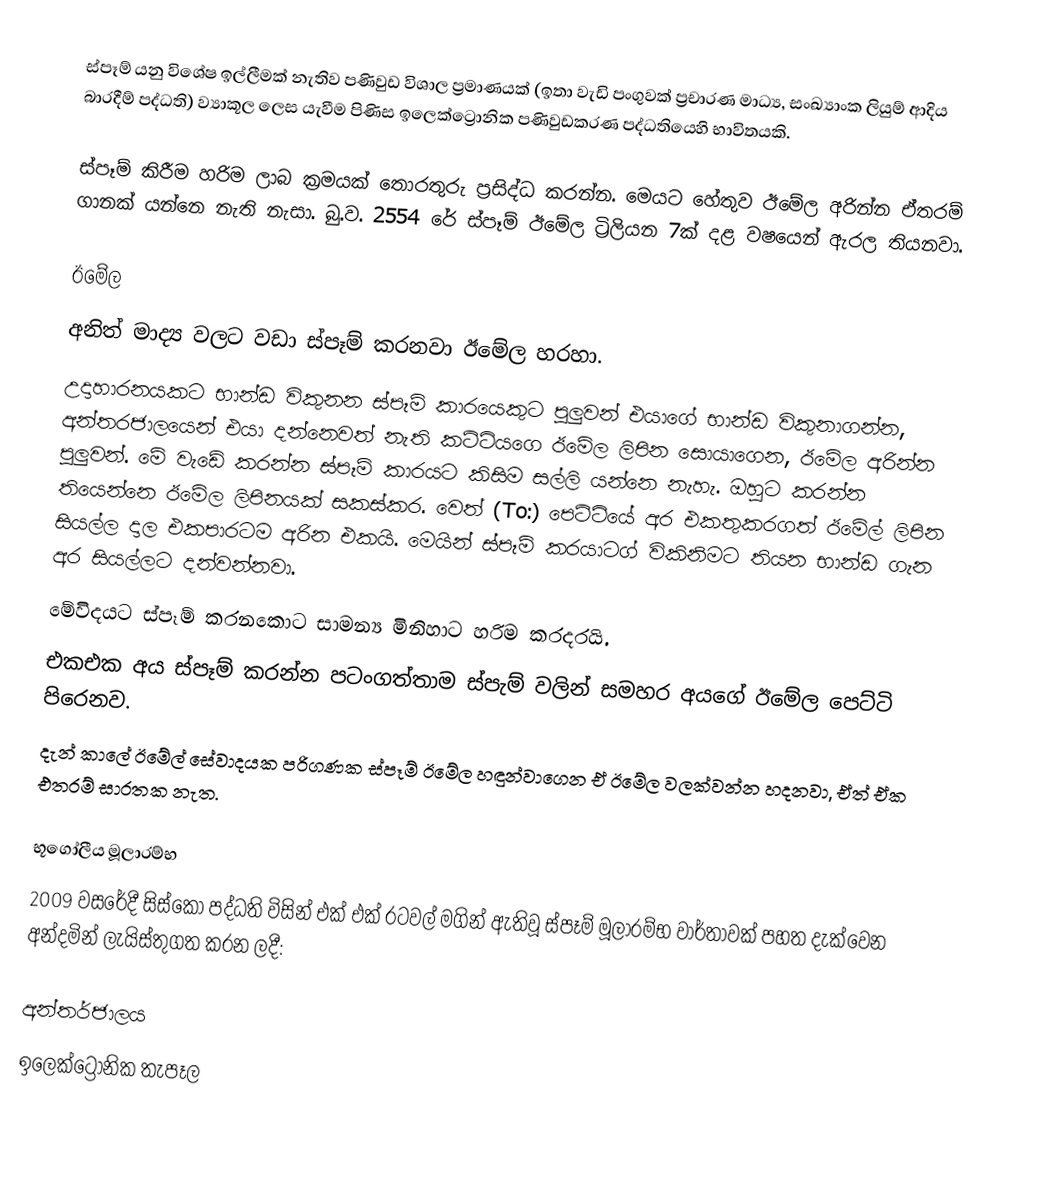
ස්පෑම් යනු විශේෂ ඉල්ලීමක් නැතිව පණිවුඩ විශාල ප්‍රමාණයක් (ඉතා වැඩි පංගුවක් ප්‍රචාරණ මාධ්‍ය, සංඛ්‍යාංක ලියුම් ආදිය බාරදීම් පද්ධති) ව්‍යාකූල ලෙස යැවීම පිණිස ඉලෙක්ට්‍රොනික පණිවුඩකරණ පද්ධතියෙහි භාවිතයකි.

ස්පෑම් කිරීම හරිම ලාබ ක්‍රමයක් තොරතුරු ප්‍රසිද්ධ කරන්න. මෙයට හේතුව ඊමේල අරින්න ඒතරම් ගානක් යන්නෙ නැති නැසා. බු.ව. 2554 රේ ස්පෑම් ඊමේල ට්‍රිලියන 7ක් දළ වෂයෙන් ඇරල තියනවා.

ඊමේල
අනිත් මාද්‍ය වලට වඩා ස්පෑම් කරනවා ඊමේල හරහා.
උදාහාරනයකට භාන්ඩ විකුනන ස්පෑම් කාරයෙකුට පුලුවන් එයාගේ භාන්ඩ විකුනාගන්න, අන්තරජාලයෙන් එයා දන්නෙවත් නැති කට්ටියගෙ ඊමේල ලිපින සොයාගෙන, ඊමේල අරින්න පුලුවන්. මේ වැඩේ කරන්න ස්පෑම් කාරයට කිසිම සල්ලි යන්නෙ නැහැ. ඔහුට කරන්න තියෙන්නෙ ඊමේල ලිපිනයක් සකස්කර. වෙත් (To:) පෙට්ටියේ අර එකතුකරගත් ඊමේල් ලිපින සියල්ල දාල එකපාරටම අරින එකයි. මෙයින් ස්පෑම් කරයාටග් විකිනිමට තියන භාන්ඩ ගැන අර සියල්ලට දන්වන්නවා.
මේවිදයට ස්පෑම් කරනකොට සාමන්‍ය මිනිහාට හරිම කරදරයි.
එකඑක අය ස්පෑම් කරන්න පටංගත්තාම ස්පැම් වලින් සමහර අයගේ ඊමේල පෙට්ටි පිරෙනව.
දැන් කාලේ ඊමේල් සේවාදයක පරිගණක ස්පෑම් ඊමේල හඳුන්වාගෙන ඒ ඊමේල වලක්වන්න හදනවා, ඒත් ඒක එතරම් සාරතක නැත.

භූගෝලීය මූලාරම්භ
2009 වසරේදී සිස්කෝ පද්ධති විසින් එක් එක් රටවල් මගින් ඇතිවූ ස්පෑම් මූලාරම්භ වාර්තාවක් පහත දැක්වෙන අන්දමින්  ලැයිස්තුගත කරන ලදී:

අන්තර්ජාලය
ඉලෙක්ට්‍රොනික තැපෑල